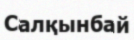
Салқынбай